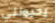
يحبونني